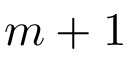
m + 1